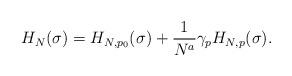
LaTeX: \begin{align*}H_N(\sigma) = {H}_{N,p_0}(\sigma)+\frac{1}{N^{a}}\gamma_p H_{N,p}(\sigma).\end{align*}